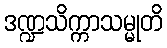
ဒဏ္ဍသိက္ကာသမ္မုတိ